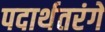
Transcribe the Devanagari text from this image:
पदार्थतरंगें